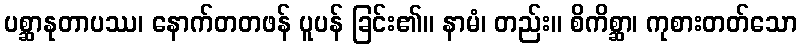
ပစ္ဆာနုတာပဿ၊ နောက်တတဖန် ပူပန် ခြင်း၏။ နာမံ၊ တည်း။ စိကိစ္ဆာ၊ ကုစားတတ်သော